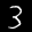
Label: 3